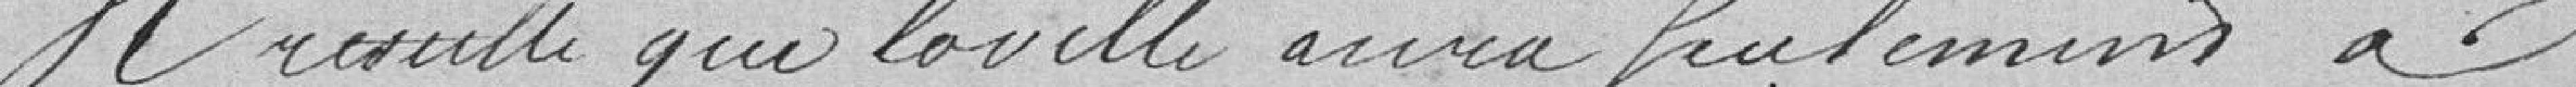
Il résulte que la ville aura fortement à